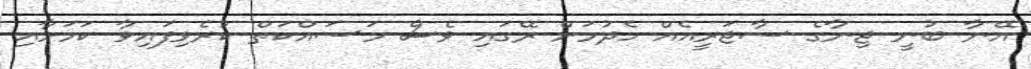
އޭނާ ބުނީ ޖިނާގެ ސާޖަރީއެއް ހެދުމަށް ރޭގައި ވެސް މަސައްކަތް ކުރެވިފައިވާ ކަމަށާއި